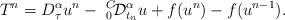
LaTeX: \begin{align*}T^{n}= D_{\tau}^{\alpha} u^n-~_0^C\!\mathcal{D}_{t_n}^\alpha u+ f( u^{n})-f( u^{n-1}).\end{align*}